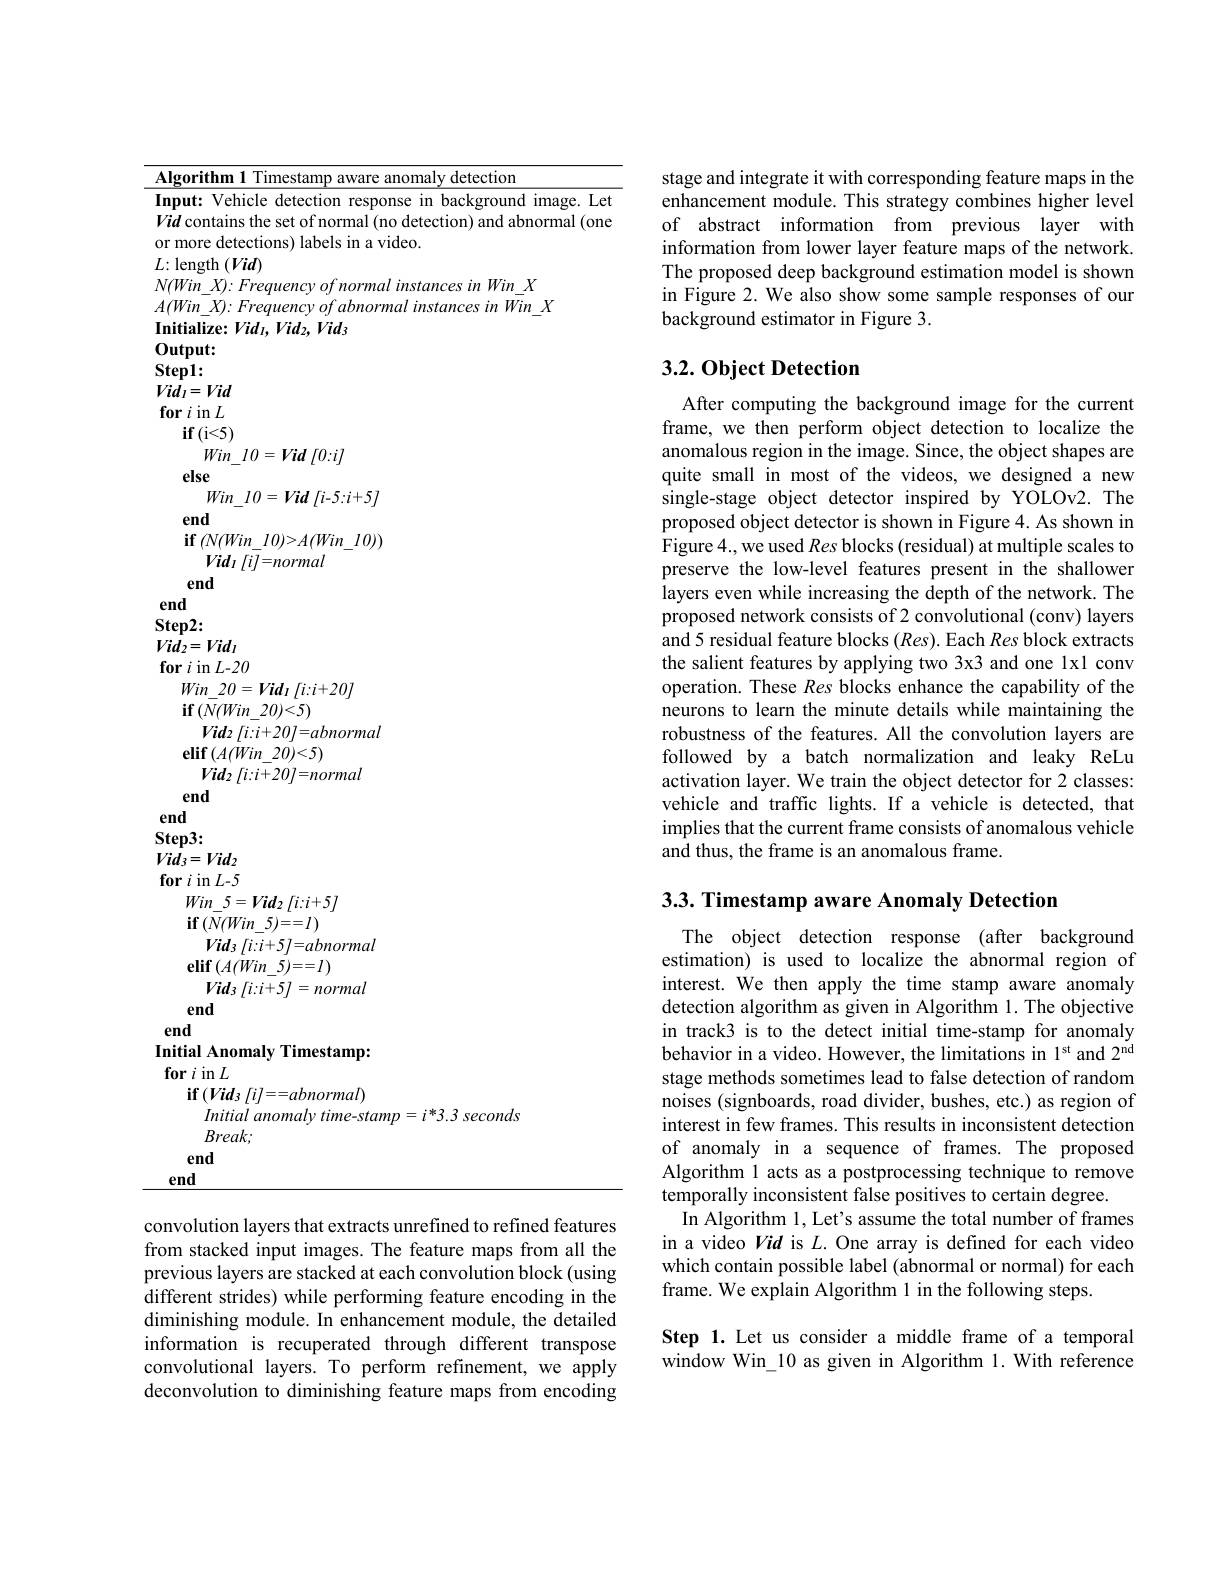
Algorithm 1 Timestamp aware anomaly detection
Input: Vehicle detection response in background image. Let $\dot{Vid}$ contains the set of normal (no detection) and abnormal (one or more detections) labels in a video.
$L{:}$length$\left(Vid\right)$
$N(Win\_X){:}FrequencyofnormalinstancesinWin\_X$
$A( Win\_ X) \nobreak {: } Frequencyofabnormalinstancesin$ $\bar {Win}_{- }X$
Initialize: Vid$_1,Vid_2,Vid_3$
Output: Step1: $Vid_{I}=Vid$ $\textbf{for }i$ in $L$
$\textbf{if}($i<5)
$Win\_ I0= Vid$ $[ 0: i]$
else
$Win\_ I0= Vid$ $[ i- 5: i+ 5]$
end
$\textbf{if}\left ( N( Win\_ I0) {> }A( Win\_ I0) \right )$
$Vid_{I}$ $[ i] = normal$
end
end Step2: $Vid_{2}=Vid_{I}$ for $i$ in $L-20$
$Win\_ 20= Vid_{1}$ $[ i: i+ 20]$
${\mathbf{if}}\left(\bar{N}(Win\_20)<5\right)$
$Vid_{2}\left[i:i+20\right]=abnormal$
${\mathbf{elif}}\left(A(Win\_20)<5\right)$
$Vid_{2}\left[i:i+20\right]=normal$
end
end Step3: $Vid_{3}=Vid_{2}$ for $i$ in $L-5$
$Win\_ 5= Vid_{2}$ $[ i: i+ 5]$ $\textbf{if}\left ( N( Win\_ 5) = = I\right )$ $Vid_{3}$ $[ i: i+ 5] = abnormal$
${\mathbf{elif}}\left(A(Win\_5)==I\right)$
$Vid_3\left[i:i+5\right]=normal$
end
end
Initial Anomaly Timestamp:
for $i$ in $L$
$\mathbf{if}\left ( Vid_3\:[ i] = - abnormal\right )$
Initial anomaly time-stamp=i*3.3 seconds
Break;
end $\underline{\mathrm{end}}$
convolution layers that extracts unrefined to refined features from stacked input images. The feature maps from all the

previous layers are stacked at each convolution block (using different strides) while performing feature encoding in the diminishing module. In enhancement module, the detailed information is recuperated through different transpose convolutional layers. To perform refinement, we apply deconvolution to diminishing feature maps from encoding

stage and integrate it with corresponding feature maps in the enhancement module. This strategy combines higher level of abstract information from previous layer with information from lower layer feature maps of the network. The proposed deep background estimation model is shown in Figure 2. We also show some sample responses of our background estimator in Figure 3.

## $3. 2. \textbf{Object Detection}$

After computing the background image for the current frame, we then perform object detection to localize the anomalous region in the image. Since, the object shapes are quite small in most of the videos, we designed a new single-stage object detector inspired by YOLOv2. The proposed object detector is shown in Figure 4. As shown in Figure 4., we used Res blocks (residual) at multiple scales to preserve the low-level features present in the shallower layers even while increasing the depth of the network. The proposed network consists of 2 convolutional (conv) layers and 5 residual feature blocks (Res). Each Res block extracts the salient features by applying two 3x3 and one lx1 conv operation. These Res blocks enhance the capability of the neurons to learn the minute details while maintaining the robustness of the features. All the convolution layers are followed by a batch normalization and leaky ReLu activation layer. We train the object detector for 2 classes: vehicle and traffic lights. If a vehicle is detected, that implies that the current frame consists of anomalous vehicle and thus, the frame is an anomalous frame.

3.3. Timestamp aware Anomaly Detection

The object detection response (after background estimation) is used to localize the abnormal region of interest. We then apply the time stamp aware anomaly detection algorithm as given in Algorithm 1. The objective in track3 is to the detect initial time-stamp for anomaly behavior in a video. However, the limitations in 1$^\mathrm{st}$ and 2$^\mathrm{nd}$ stage methods sometimes lead to false detection of random noises (signboards, road divider, bushes, etc.) as region of interest in few frames. This results in inconsistent detection of anomaly in a sequence of frames. The proposed Algorithm l acts as a postprocessing technique to remove temporally inconsistent false positives to certain degree.
In Algorithm l, Let's assume the total number of frames in a video Vid is $L.$ One array is defined for each video which contain possible label (abnormal or normal) for each frame. We explain Algorithm 1 in the following steps.

Step 1. Let us consider a middle frame of a temporal window Win\_10 as given in Algorithm l. With reference